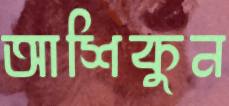
আশিকুন